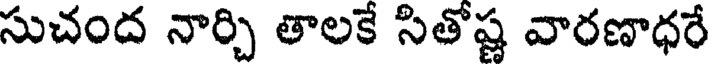
సుచంద నార్చి తాలకే సితోష్ణ వారణాధరే